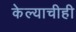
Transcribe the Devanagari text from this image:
केल्याचीही